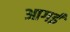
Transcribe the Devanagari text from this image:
आगई